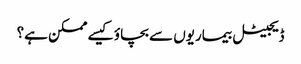
ڈیجیٹل بیماریوں سے بچاؤ کیسے ممکن ہے؟